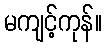
မကျင့်ကုန်။